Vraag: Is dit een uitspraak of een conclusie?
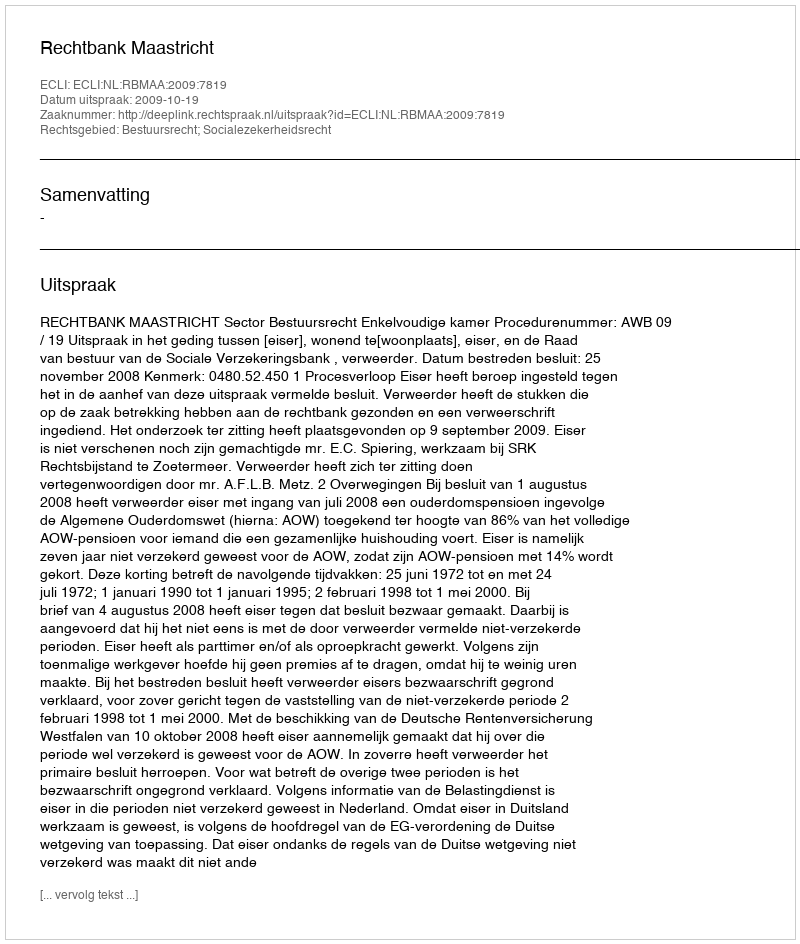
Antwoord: Uitspraak